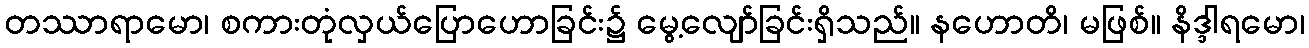
တဿာရာမော၊ စကားတုံလှယ်ပြောဟောခြင်း၌ မွေ့လျော်ခြင်းရှိသည်။ နဟောတိ၊ မဖြစ်။ နိဒ္ဒါရမော၊